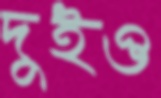
দুইও